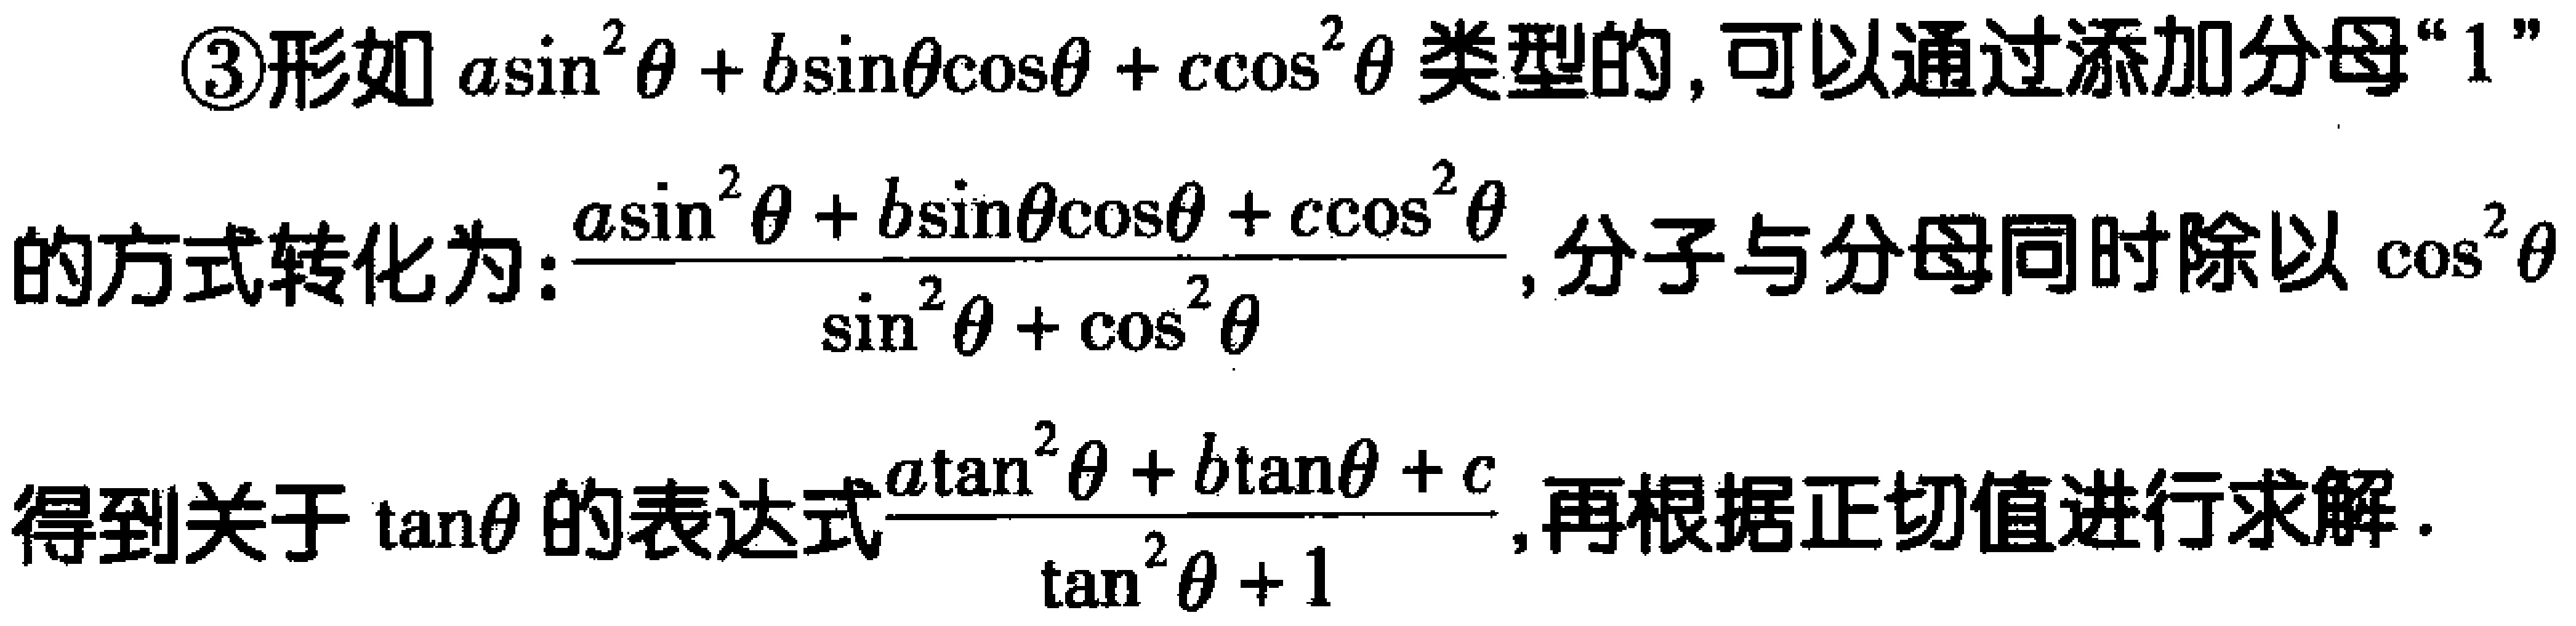
\textcircled{3}形如\(a\sin^{2}\theta + b\sin\theta\cos\theta + c\cos^{2}\theta\)类型的，可以通过添加分母“\(1\)”

的方式转化为：\(\frac{a\sin^{2}\theta + b\sin\theta\cos\theta + c\cos^{2}\theta}{\sin^{2}\theta + \cos^{2}\theta}\)，分子与分母同时除以\(\cos^{2}\theta\)

得到关于\(\tan\theta\)的表达式\(\frac{a\tan^{2}\theta + b\tan\theta + c}{\tan^{2}\theta + 1}\)，再根据正切值进行求解.